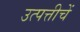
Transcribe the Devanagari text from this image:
उत्पत्तीचें